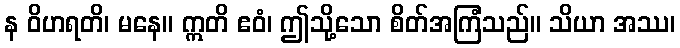
န ဝိဟရတိ၊ မနေ။ ဣတိ ဧဝံ၊ ဤသို့သော စိတ်အကြံသည်။ သိယာ အဿ၊